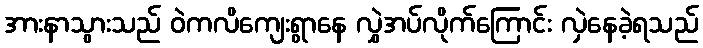
အားနာသွားသည် ဝဲကလိကျေးရွာနေ လွှဲအပ်လိုက်ကြောင်း လှဲနေခဲ့ရသည်